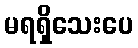
မရရှိသေးပေ